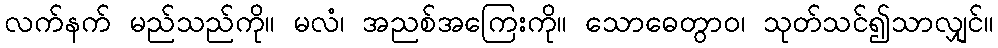
လက်နက် မည်သည်ကို။ မလံ၊ အညစ်အကြေးကို။ သောဓေတွာဝ၊ သုတ်သင်၍သာလျှင်။